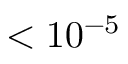
< 1 0 ^ { - 5 }